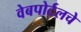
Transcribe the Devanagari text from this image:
वेबपोर्टलचे